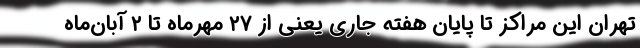
تهران این مراکز تا پایان هفته جاری یعنی از ۲۷ مهرماه تا ۲ آبان‌ماه